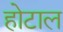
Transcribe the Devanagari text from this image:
होटाल